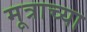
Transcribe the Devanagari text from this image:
मूत्राच्या